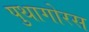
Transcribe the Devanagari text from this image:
पुथागोरस